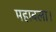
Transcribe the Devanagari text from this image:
महाबला।